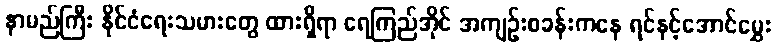
နာမည်ကြီး နိုင်ငံရေးသမားတွေ ထားရှိရာ ရေကြည်အိုင် အကျဉ်းစခန်းကနေ ရင်နင့်အောင်မွှေး